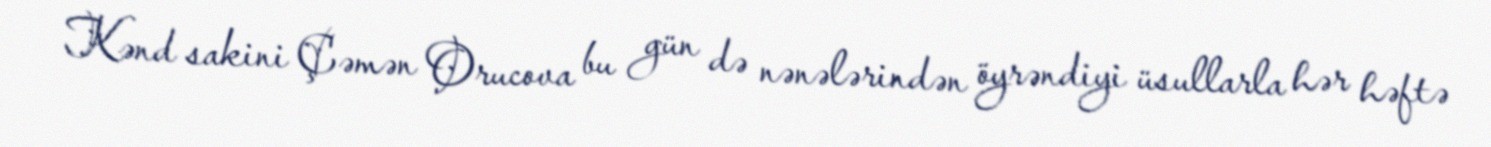
Kənd sakini Çəmən Orucova bu gün də nənələrindən öyrəndiyi üsullarla hər həftə